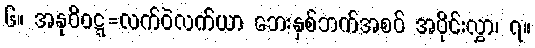
၆။ အနုဝိဝဋ္ဋ=လက်ဝဲလက်ယာ ဘေးနှစ်ဘက်အစပ် အပိုင်းလွှာ၊ ၇။